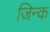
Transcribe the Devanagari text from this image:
जिन्क